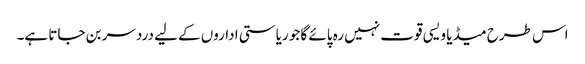
اس طرح میڈیا ویسی قوت نہیں رہ پائے گا جو ریاستی اداروں کے لیے دردسر بن جاتا ہے۔